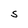
Character: S